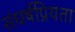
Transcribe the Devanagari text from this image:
संघर्षप्रियता